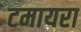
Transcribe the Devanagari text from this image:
टमायरा